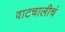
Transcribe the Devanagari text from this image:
वाटचालीचं